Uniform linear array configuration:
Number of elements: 24
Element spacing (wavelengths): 0.25
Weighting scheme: exponential
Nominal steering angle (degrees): -60
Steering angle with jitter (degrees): -61.024
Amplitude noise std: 0.05
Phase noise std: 0.05

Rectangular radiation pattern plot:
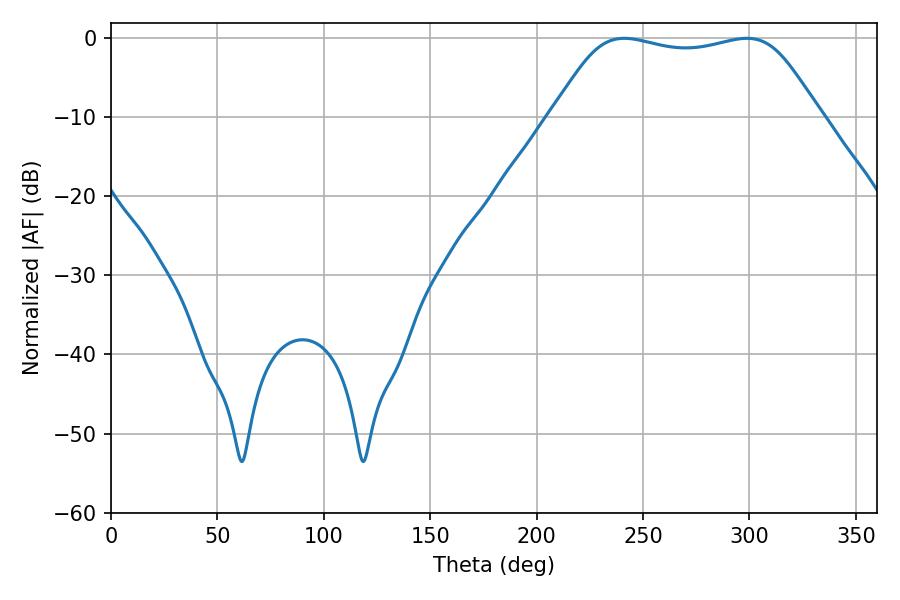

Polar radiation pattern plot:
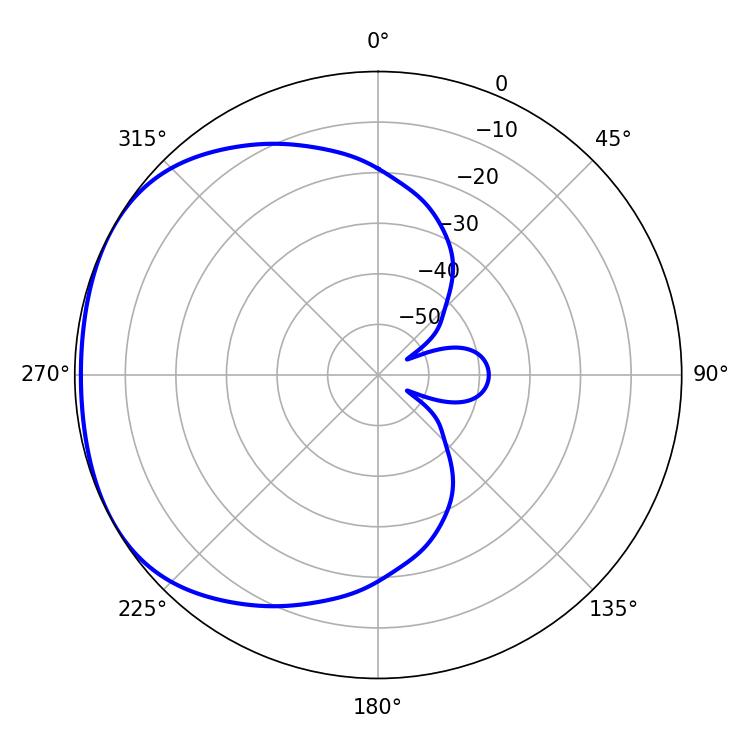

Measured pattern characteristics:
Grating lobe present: FALSE
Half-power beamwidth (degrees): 95.4
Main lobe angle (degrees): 241.2